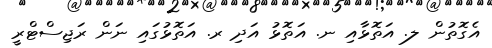
އެގޮތުން ލ. އަތޮޅާއި ނ. އަތޮޅު އަދި ރ. އަތޮޅުގައި ނަން ރަޖިސްޓްރީ